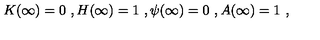
K ( \infty ) = 0 \ , H ( \infty ) = 1 \ , \psi ( \infty ) = 0 \ , A ( \infty ) = 1 \ ,